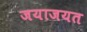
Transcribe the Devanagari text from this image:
जयाजयत